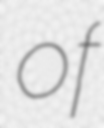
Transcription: of